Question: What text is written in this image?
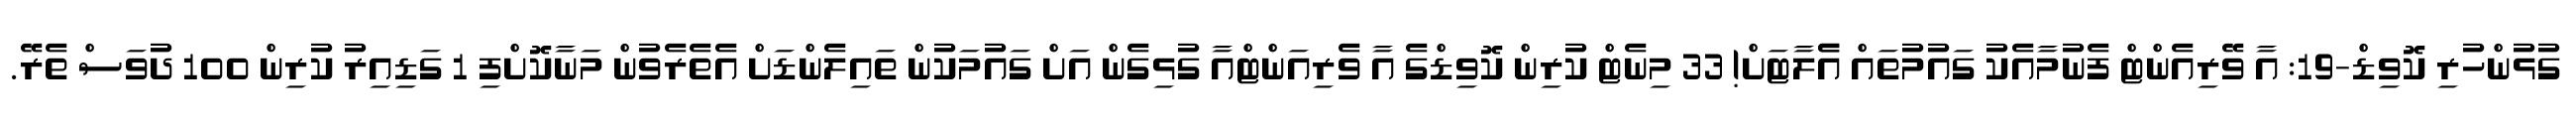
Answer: ގުޅުންހުރި ކޮވިޑް-19: އާ ވޭރިއެންޓް ފެނުމާއެކު ގައުމުތައް އެެލާޓަށް! 33 މިނެޓް ކުރިން ކޮވިޑްގެ އާ ވެރިއަންޓްއާ ގުޅިގެން އަށް ގައުމަކުން ތައިލެންޑަށް އެތެރެވުން މަނާކޮށްފި 1 ގަޑިއިރު ކުރިން 100 ދުވަސް ތެރޭ.